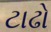
ટાઢો